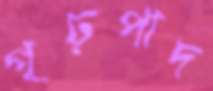
গূঢ়পাদ